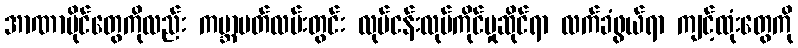
အာဏာပိုင်တွေကိုလည်း ကမ္ဘာပတ်လမ်းတွင်း လုပ်ငန်းလုပ်ကိုင်မှုဆိုင်ရာ လက်ခံဖွယ်ရာ ကျင့်ထုံးတွေကို